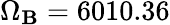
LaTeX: \Omega_{\mathbf{B}}=6010.36